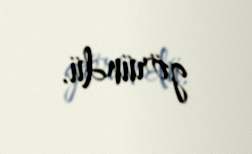
göründü.